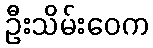
ဦးသိမ်းဝေက